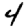
Digit: 4